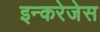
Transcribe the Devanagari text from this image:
इन्करेजेस